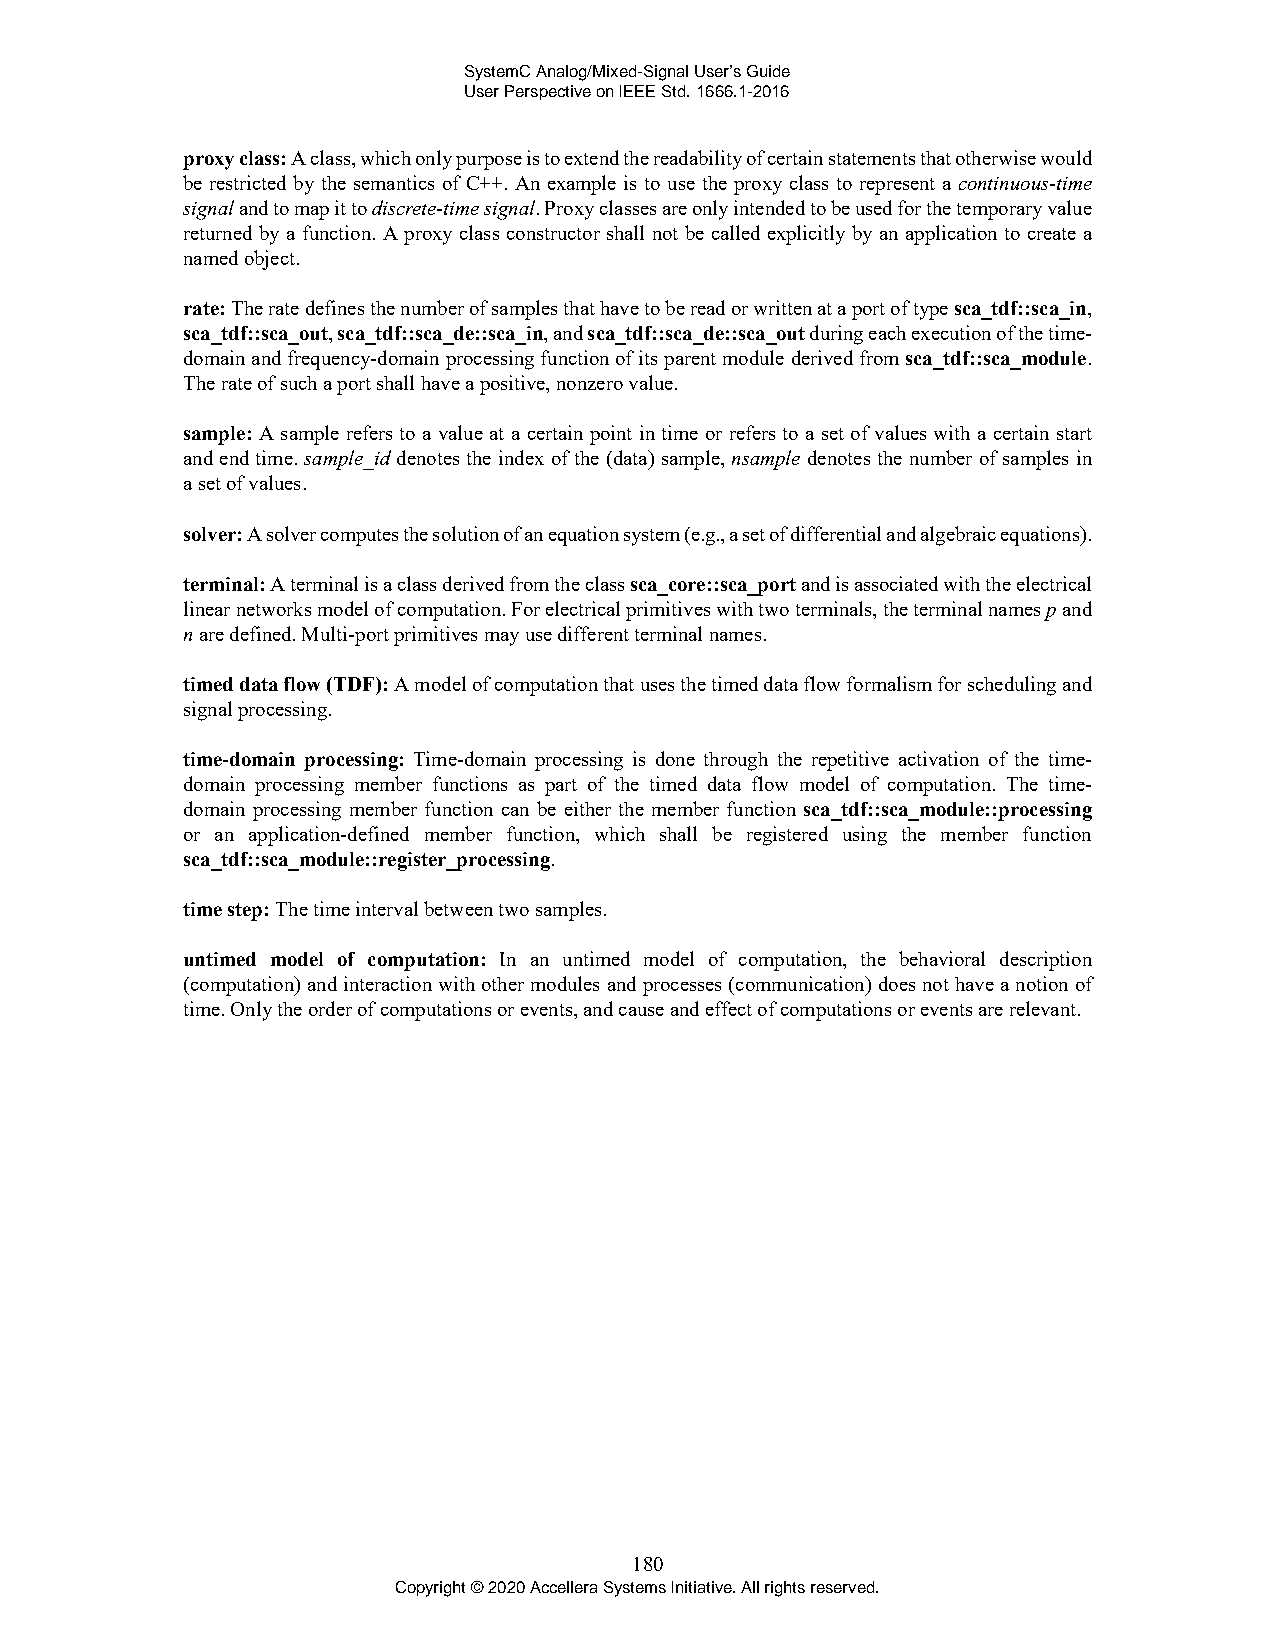
SystemC Analog/Mixed-Signal User’s Guide
 User Perspective on IEEE Std. 1666.1-2016
 proxy class: A class, which only purpose is to extend the readability of certain statements that otherwise would
 be restricted by the semantics of C++. An example is to use the proxy class to represent a continuous-time
 signal and to map it to discrete-time signal. Proxy classes are only intended to be used for the temporary value
 returned by a function. A proxy class constructor shall not be called explicitly by an application to create a
 named object.
 rate: The rate defines the number of samples that have to be read or written at a port of type sca_tdf::sca_in,
 sca_tdf::sca_out, sca_tdf::sca_de::sca_in, and sca_tdf::sca_de::sca_out during each execution of the time-
 domain and frequency-domain processing function of its parent module derived from sca_tdf::sca_module.
 The rate of such a port shall have a positive, nonzero value.
 sample: A sample refers to a value at a certain point in time or refers to a set of values with a certain start
 and end time. sample_id denotes the index of the (data) sample, nsample denotes the number of samples in
 a set of values.
 solver: A solver computes the solution of an equation system (e.g., a set of differential and algebraic equations).
 terminal: A terminal is a class derived from the class sca_core::sca_port and is associated with the electrical
 linear networks model of computation. For electrical primitives with two terminals, the terminal names p and
 n are defined. Multi-port primitives may use different terminal names.
 timed data flow (TDF): A model of computation that uses the timed data flow formalism for scheduling and
 signal processing.
 time-domain processing: Time-domain processing is done through the repetitive activation of the time-
 domain processing member functions as part of the timed data flow model of computation. The time-
 domain processing member function can be either the member function sca_tdf::sca_module::processing
 or an application-defined member function, which shall be registered using the member function
 sca_tdf::sca_module::register_processing.
 time step: The time interval between two samples.
 untimed model of computation: In an untimed model of computation, the behavioral description
 (computation) and interaction with other modules and processes (communication) does not have a notion of
 time. Only the order of computations or events, and cause and effect of computations or events are relevant.
 180
 Copyright © 2020 Accellera Systems Initiative. All rights reserved.